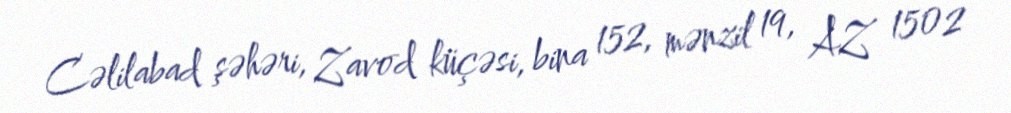
Cəlilabad şəhəri, Zavod küçəsi, bina 152, mənzil 19, AZ 1502